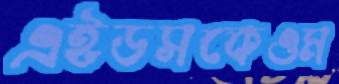
এইডসকেওম